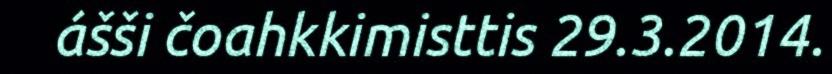
ášši čoahkkimisttis 29.3.2014.